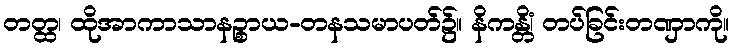
တတ္ထ၊ ထိုအာကာသာနဉ္စာယ-တနသမာပတ်၌။ နိကန္တိံ၊ တပ်ခြင်းတဏှာကို။